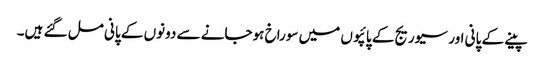
پینے کے پانی اور سیوریج کے پائپوں میں سوراخ ہوجانے سے دونوں کے پانی مل گئے ہیں۔